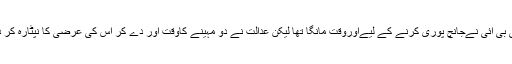
سی بی آئی نےجانچ پوری کرنے کے لیےاوروقت مانگا تھا لیکن عدالت نے دو مہینے کاوقت اور دے کر اس کی عرضی کا نپٹارہ کر دیا۔